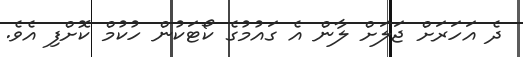
ދެ އަހަރަށް ޖަލަށް ލާން އެ ގައުމުގެ ކޯޓަކުން ހުކުމް ކޮށްފި އެވެ.